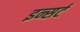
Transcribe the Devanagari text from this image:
इन्सर्ट